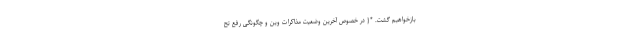
بازخواهیم گشت. *{ در خصوص آخرین وضعیت مذاکرات وین و چگونگی رفع تح